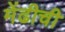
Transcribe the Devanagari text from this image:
मेंढीची